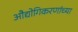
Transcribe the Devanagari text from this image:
औद्योगिकरणांच्या